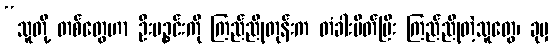
“သူတို့ တစ်တွေဟာ ဦးပဉ္စင်းကို ကြည်ညိုတုန်းက တံခါးပိတ်ပြီး ကြည်ညိုတဲ့သူတွေ၊ ခုမှ